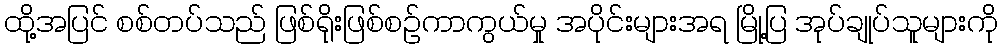
ထို့အပြင် စစ်တပ်သည် ဖြစ်ရိုးဖြစ်စဉ်ကာကွယ်မှု အပိုင်းများအရ မြို့ပြ အုပ်ချုပ်သူများကို